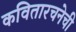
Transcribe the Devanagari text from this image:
कवितारचनेची